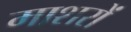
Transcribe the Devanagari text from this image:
माशरों